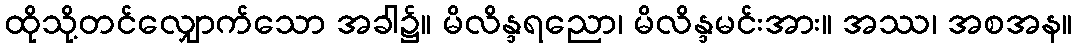
ထိုသို့တင်လျှောက်သော အခါ၌။ မိလိန္ဒရညော၊ မိလိန္ဒမင်းအား။ အဿ၊ အစအန။